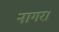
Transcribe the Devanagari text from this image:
नागर।